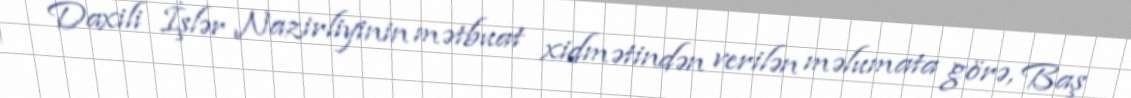
Daxili İşlər Nazirliyinin mətbuat xidmətindən verilən məlumata görə, Baş